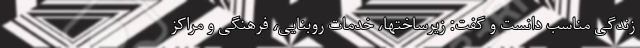
زندگی مناسب دانست و گفت: زیرساختها، خدمات روبنایی، فرهنگی و مراکز